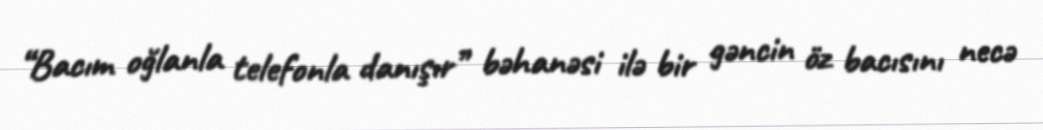
“Bacım oğlanla telefonla danışır” bəhanəsi ilə bir gəncin öz bacısını necə